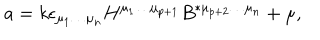
LaTeX: a = k \epsilon _ { \mu _ { 1 } \ldots \mu _ { n } } H ^ { \mu _ { 1 } \ldots \mu _ { p + 1 } } B ^ { * \mu _ { p + 2 } \ldots \mu _ { n } } + \mu ,